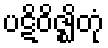
ပဋိဝိဇ္ဈိတုံ